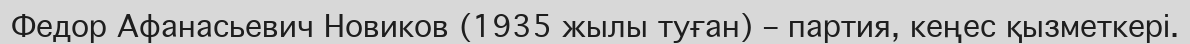
Федор Афанасьевич Новиков (1935 жылы туған) – партия, кеңес қызметкері.